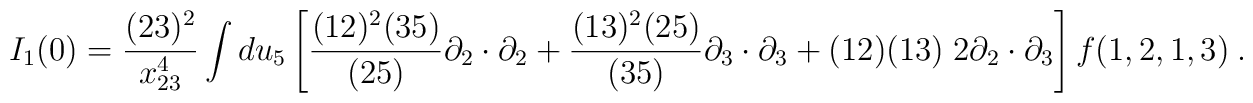
I_1(0) = {(23)^2\over x^4_{23}} \int du_5 \left[ {(12)^2(35)\over (25)}\partial_2\cdot\partial_2 +  {(13)^2(25)\over (35)}\partial_3\cdot\partial_3 +  (12)(13)\; 2\partial_2\cdot\partial_3 \right]f(1,2,1,3)  \ .